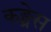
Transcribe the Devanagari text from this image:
कङ्ग्रेस